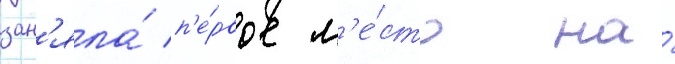
зан'яла́ п'е́рвое м'е́сто на́